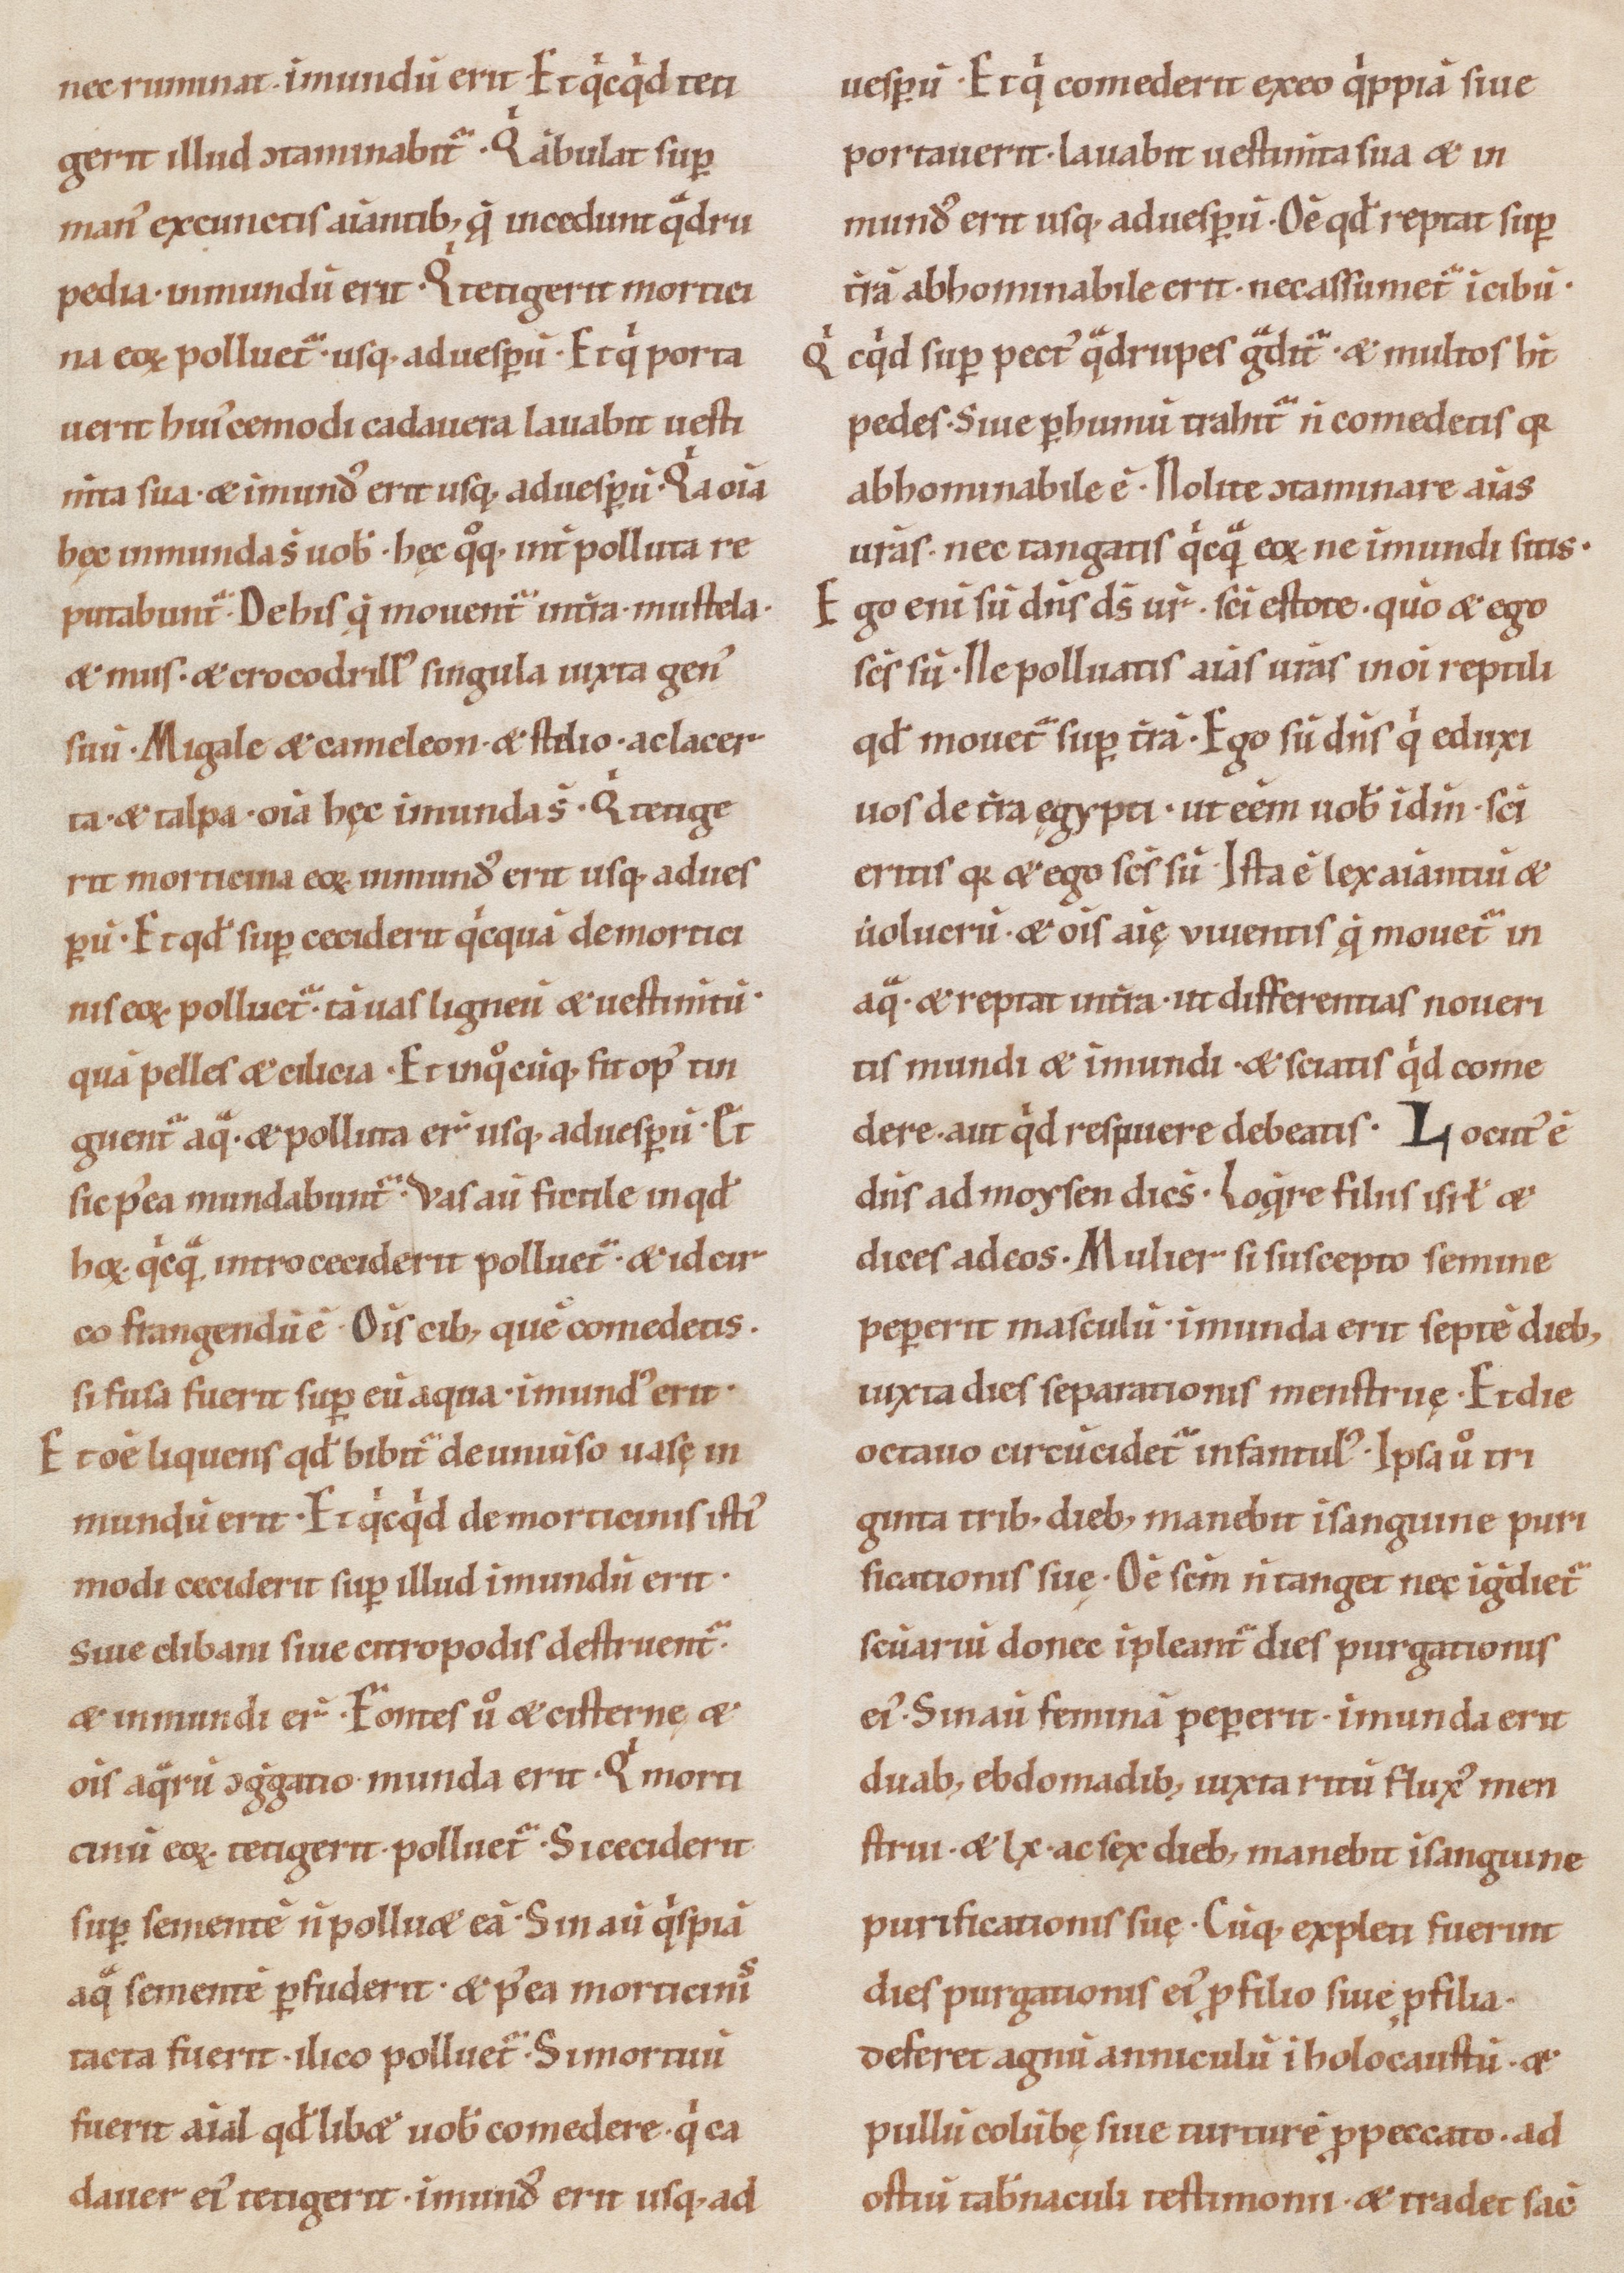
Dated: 1100–1199